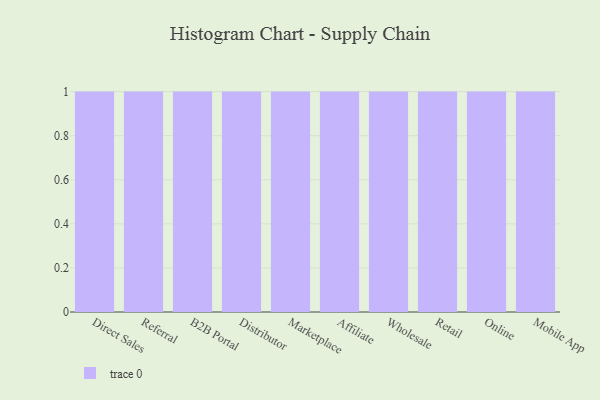
{"axis": {"x": "Channel", "y": "Customer Acquisition Cost (USD)"}, "legend": [""], "data": [{"x": "Direct Sales", "y": 34, "type": ""}, {"x": "Referral", "y": 61, "type": ""}, {"x": "B2B Portal", "y": 5, "type": ""}, {"x": "Distributor", "y": 87, "type": ""}, {"x": "Marketplace", "y": 33, "type": ""}, {"x": "Affiliate", "y": 9, "type": ""}, {"x": "Wholesale", "y": 87, "type": ""}, {"x": "Retail", "y": 94, "type": ""}, {"x": "Online", "y": 19, "type": ""}, {"x": "Mobile App", "y": 34, "type": ""}]}